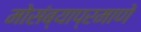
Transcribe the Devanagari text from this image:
मोसंब्याप्रमाणे